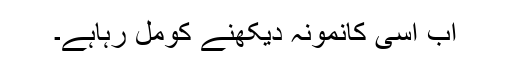
اب اسی کانمونہ دیکھنے کومل رہاہے۔